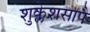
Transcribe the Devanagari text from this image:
शुक्लेशसापै